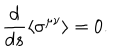
\frac { d } { d s } \langle \sigma ^ { \mu \nu } \rangle = 0 .